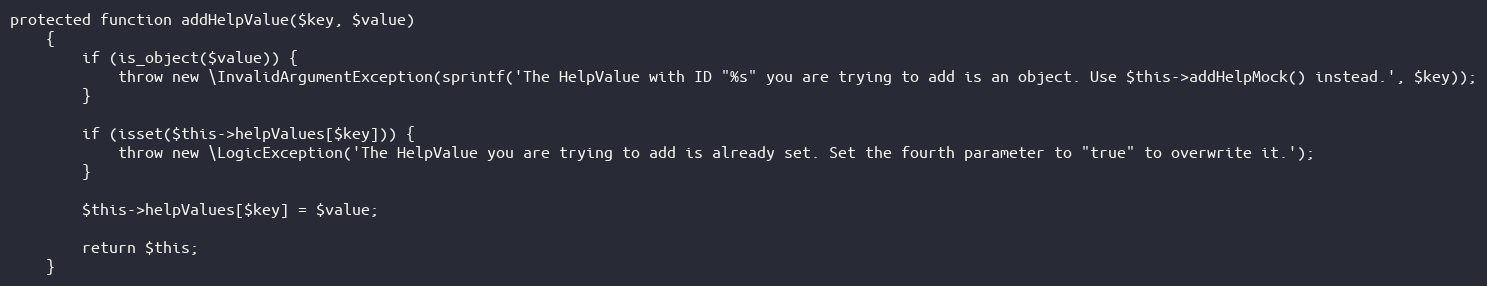
Language: PHP
protected function addHelpValue($key, $value)
    {
        if (is_object($value)) {
            throw new \InvalidArgumentException(sprintf('The HelpValue with ID "%s" you are trying to add is an object. Use $this->addHelpMock() instead.', $key));
        }

        if (isset($this->helpValues[$key])) {
            throw new \LogicException('The HelpValue you are trying to add is already set. Set the fourth parameter to "true" to overwrite it.');
        }

        $this->helpValues[$key] = $value;

        return $this;
    }